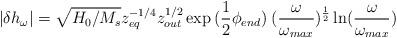
LaTeX: \begin{align*}|\delta {h_{\omega}}| = \sqrt{H_0 / M_s} z_{eq}^{-1/4} z_{out}^{1/2}\exp{(\frac{1}{2} \phi_{end})}\;({\omega\over \omega_{max}})^{\frac{1}{2}} \ln ({\omega \over\omega_{max}}) \end{align*}